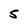
Character: 5